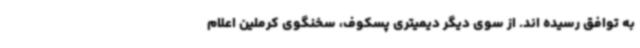
به توافق رسیده اند. از سوی دیگر دیمیتری پسکوف، سخنگوی کرملین اعلام